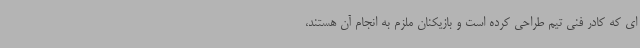
ای که کادر فنی تیم طراحی کرده است و بازیکنان ملزم به انجام آن هستند،